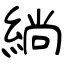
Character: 緔